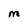
Character: M